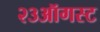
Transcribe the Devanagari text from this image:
२३ऑगस्ट